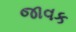
જાવક